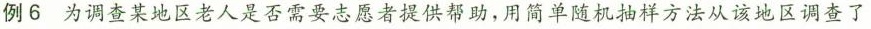
例6 为调查某地区老人是否需要志愿者提供帮助，用简单随机抽样方法从该地区调查了